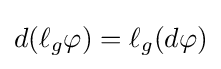
d(\ell _{g}\varphi )=\ell _{g}(d\varphi )